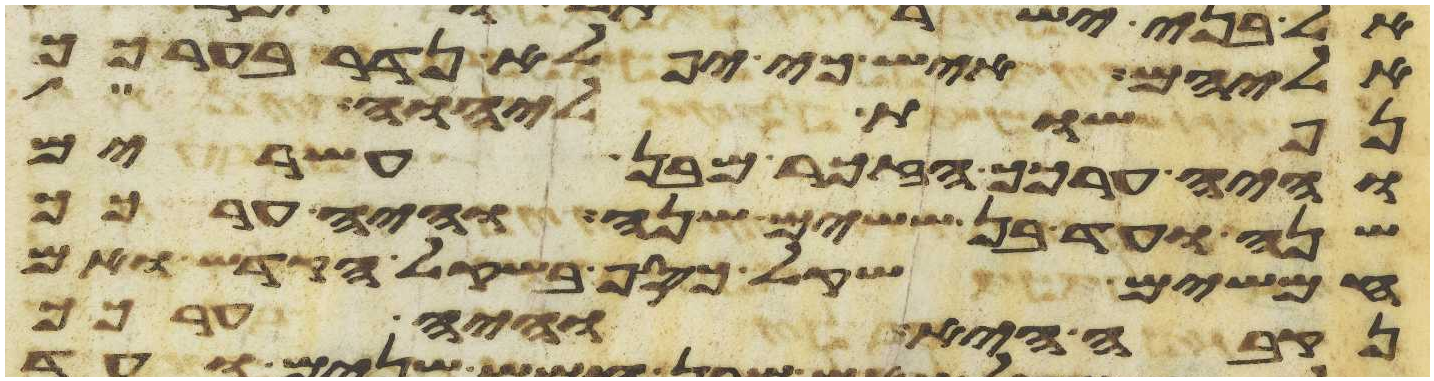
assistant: אליהם איש כי יפלא נדר בערכך
נפשות ליהוה
והיה ערכך הזכר מבן עשרים
שנה ועד בן ששים שנה והיה ערכך
חמשים שקל כסף בשקל הקדש ואם
נקבה היא והיה ערכך